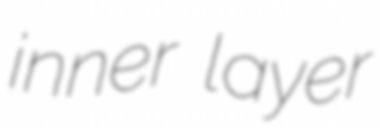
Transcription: inner layer